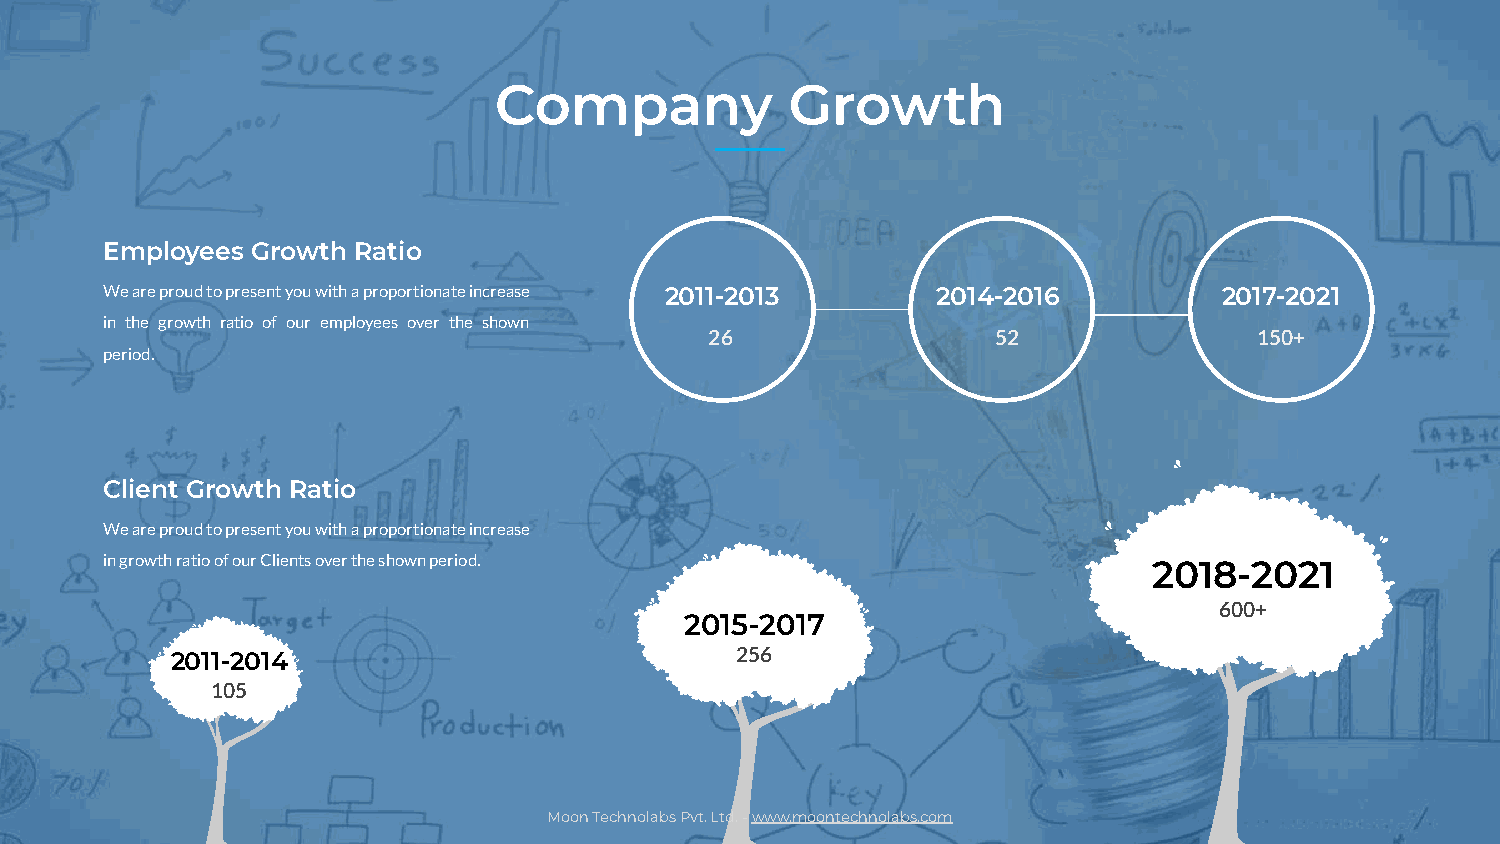
Company            Growth
 Employees Growth Ratio
 We are proud to present you with a proportionate increase 2011-2013 2014-2016 2017-2021
 in the growth ratio of our employees over the shown
 26                 52               150+
 period.
 Client Growth Ratio
 We are proud to present you with a proportionate increase
 in growth ratio of our Clients over the shown period.
 2018-2021
 600+
 2015-2017
 2011-2014                             256
 105
 Moon Technolabs Pvt. Ltd. - www.moontechnolabs.com